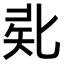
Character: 𠤜